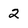
Character: 2